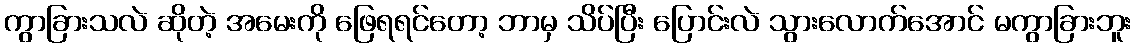
ကွာခြားသလဲ ဆိုတဲ့ အမေးကို ဖြေရရင်တော့ ဘာမှ သိပ်ပြီး ပြောင်းလဲ သွားလောက်အောင် မကွာခြားဘူး